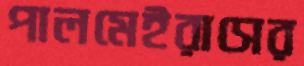
পালমেইরাসের